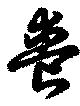
喪